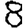
Digit: 8